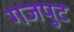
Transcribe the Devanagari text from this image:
गजपुट